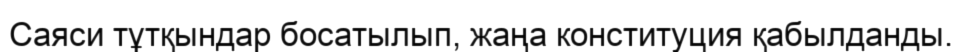
Саяси тұтқындар босатылып, жаңа конституция қабылданды.